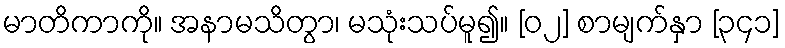
မာတိကာကို။ အနာမသိတွာ၊ မသုံးသပ်မူ၍။ [၀၂] စာမျက်နှာ [၃၄၁]